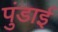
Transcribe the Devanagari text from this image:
पुंडाई